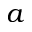
a